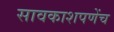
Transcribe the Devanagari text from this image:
सावकाशपणेंच